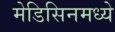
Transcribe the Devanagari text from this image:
मेडिसिनमध्ये